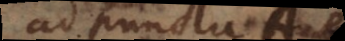
ad puncta A